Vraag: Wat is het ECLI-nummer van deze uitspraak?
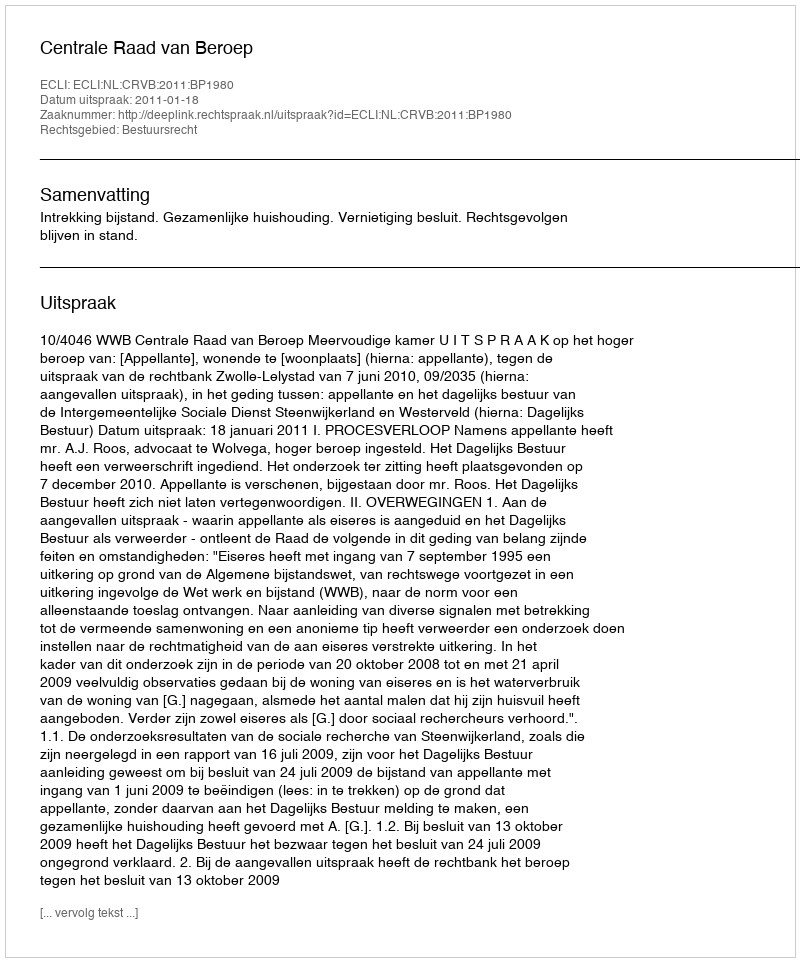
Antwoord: ECLI:NL:CRVB:2011:BP1980